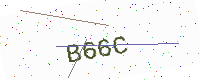
Text: B66C